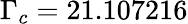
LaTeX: \Gamma_{c}=21.107216